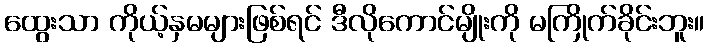
ထွေးသာ ကိုယ့်နှမများဖြစ်ရင် ဒီလိုကောင်မျိုးကို မကြိုက်ခိုင်းဘူး။